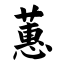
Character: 蕙